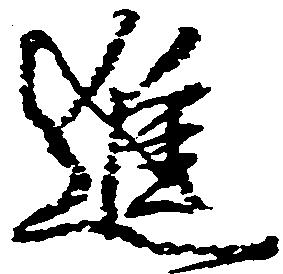
進